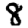
Digit: 8